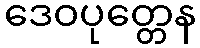
ဒေဝပုတ္တေန